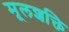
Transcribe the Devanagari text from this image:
मूलशक्ति